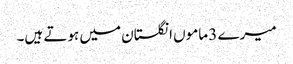
میرے 3 ماموں انگلستان میں ہوتے ہیں۔